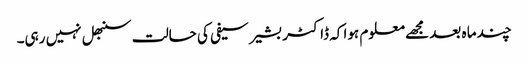
چند ما ہ بعد مجھے معلوم ہوا کہ ڈاکٹر بشیر سیفی کی حالت سنبھل نہیں رہی۔